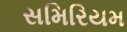
સમિરિયમ